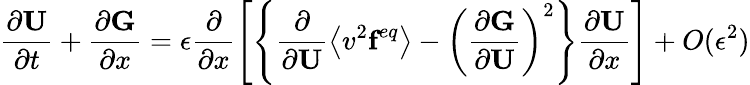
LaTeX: \frac{\partial\textbf{U}}{\partial t}+\frac{\partial\textbf{G}}{\partial x}=\epsilon\frac{\partial}{\partial x}\left[\left\{ \frac{\partial}{\partial\textbf{U}}\left\langle v^{2}\textbf{f}^{eq}\right\rangle-\left(\frac{\partial\textbf{G}}{\partial\textbf{U}}\right)^{2}\right\} \frac{\partial\textbf{U}}{\partial x}\right]+O(\epsilon^{2})